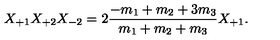
X _ { + 1 } X _ { + 2 } X _ { - 2 } = 2 \frac { - m _ { 1 } + m _ { 2 } + 3 m _ { 3 } } { m _ { 1 } + m _ { 2 } + m _ { 3 } } X _ { + 1 } .